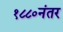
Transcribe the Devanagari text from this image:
१८८०नंतर